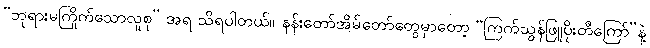
“ဘုရားမကြိုက်သောလူစု” အရ သိရပါတယ်။ နန်းတော်အိမ်တော်တွေမှာတော့ “ကြက်သွန်ဖြူပိုးတီကြော်”နဲ့